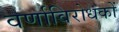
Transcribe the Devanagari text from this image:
वर्णाविरोधकों